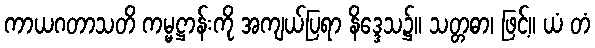
ကာယဂတာသတိ ကမ္မဋ္ဌာန်းကို အကျယ်ပြရာ နိဒ္ဒေသ၌။ သတ္တဓာ၊ ဖြင့်။ ယံ တံ